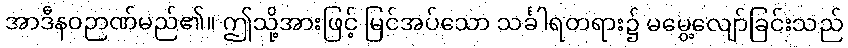
အာဒီနဝဉာဏ်မည်၏။ ဤသို့အားဖြင့် မြင်အပ်သော သင်္ခါရတရား၌ မမွေ့လျော်ခြင်းသည်